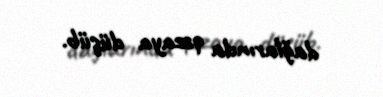
dağlarında qəzaya düşüb.